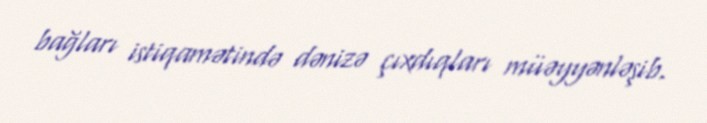
bağları istiqamətində dənizə çıxdıqları müəyyənləşib.